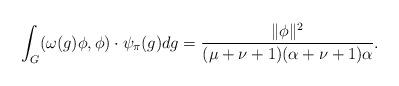
LaTeX: \begin{align*}\int_G(\omega(g)\phi,\phi) \cdot \psi_{\pi}(g)dg=\frac{\|\phi\|^2}{(\mu+\nu+1)(\alpha+\nu+1)\alpha}.\end{align*}